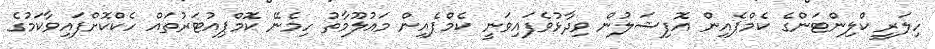
ހިލަރީ ކްލިންޓަންގެ ކެމްޕެއިން އޮފިޝަލުން ވިދާޅުވެފައިވަނީ ކެމްޕެއިން މައުލޫމާތު ހިމެނޭ ކޮމްޕިއުޓަރުތައް ހެކްކޮށްފައިވާކަމުގެ